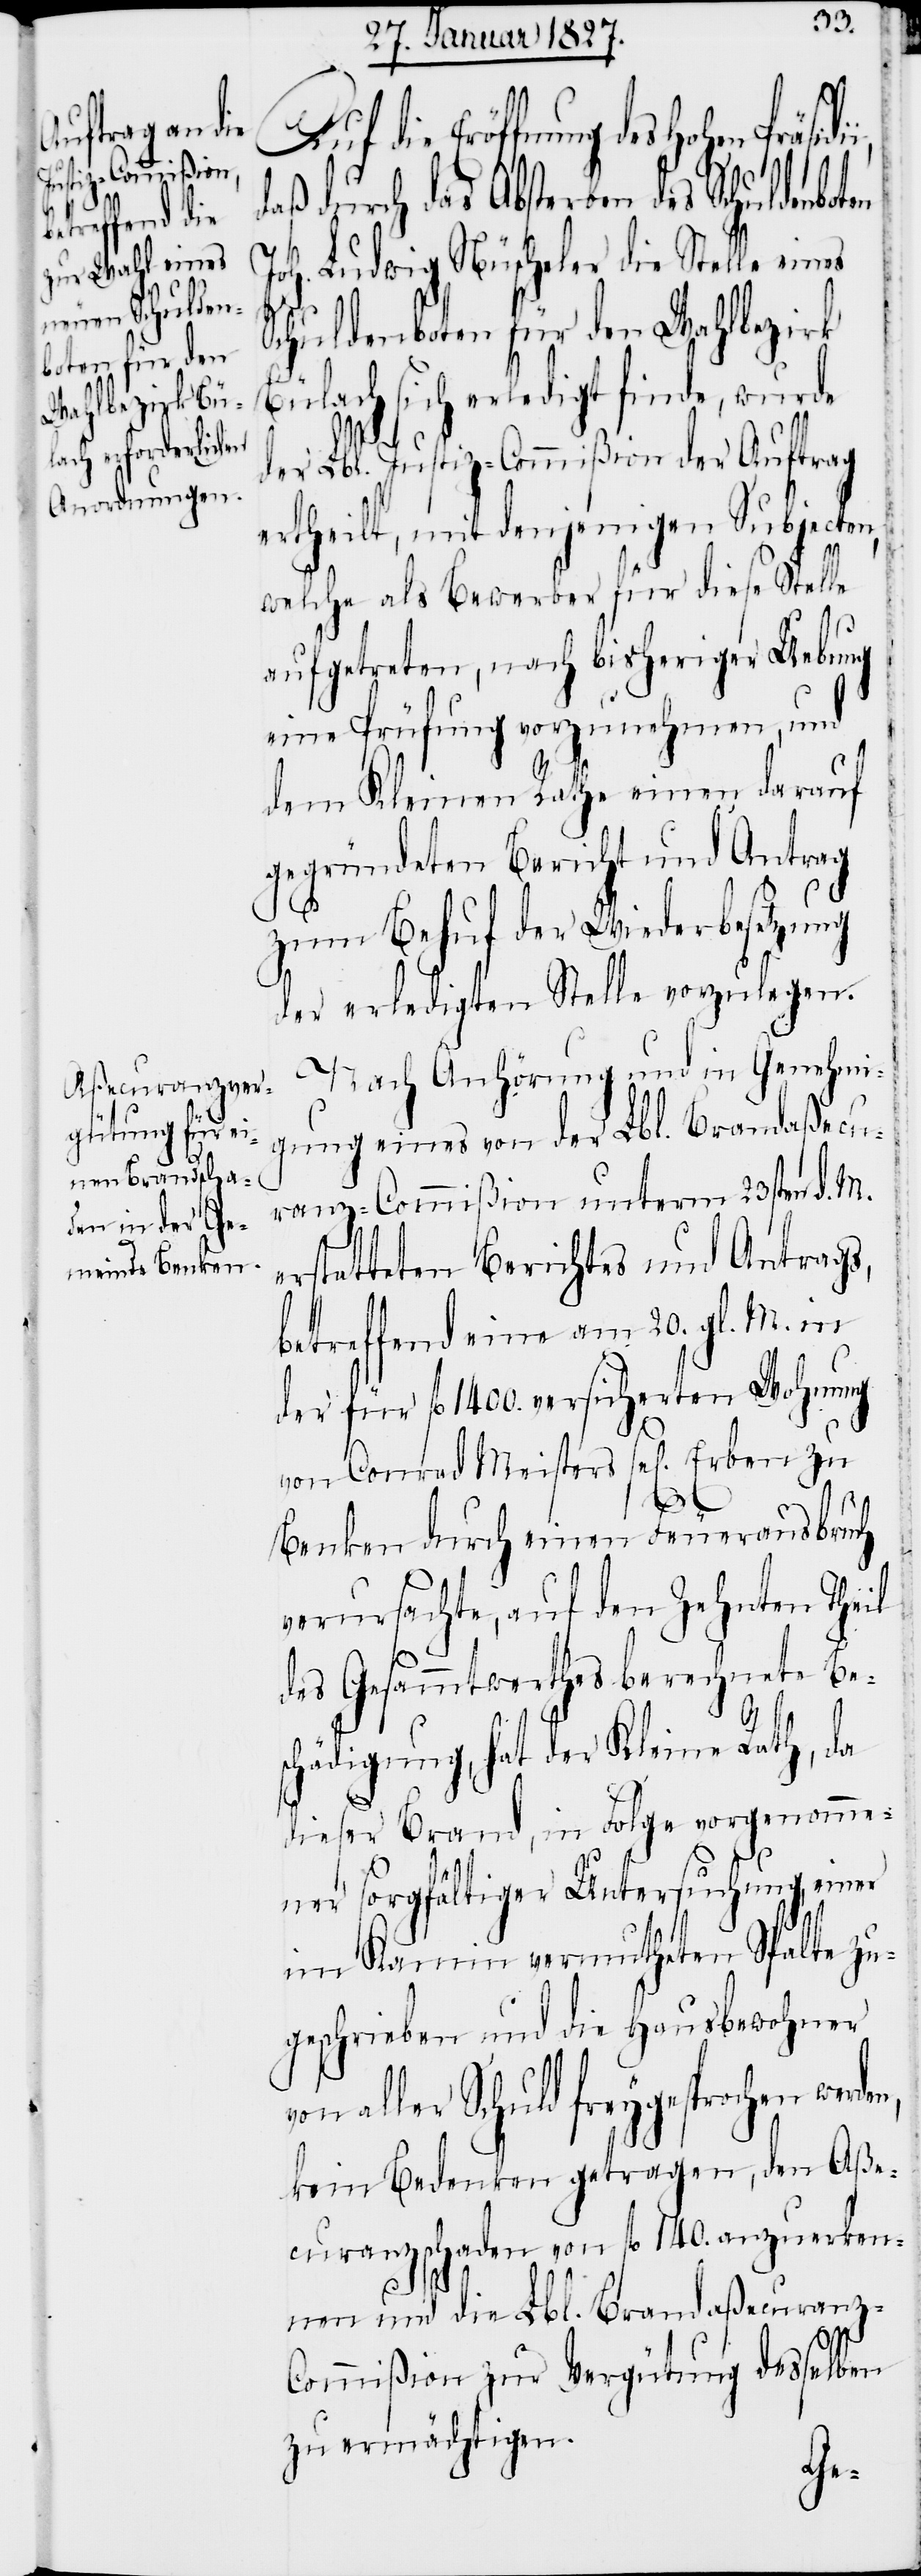
es
Auf die Eröffnung des Hohen Präsid¬
daß durch das Absterben des
Joh. Ludwig Nüscheler die Stelle ein¬
Schuldenboten für den Wahlbezirk
sich erledigt finde, wurde
der Lbl. Jusitz-Commißion der Auftrag
ertheilt, mit denjenigen Subjecten,
i,
welche als Bewerber für diese Stelle
aufgetreten, nach bisheriger Uebung
eine Prüfung vorzunehmen, und
dem Kleinen Rathe einen darauf
gegründeten Bericht und Antrag
zum Behuf der Wiederbesetzung
der erledigten Stelle vorzulegen.
Nach Anhörung und in Genehmi¬
gung eines von der Lbl. Brandaßecu¬
ranz-Commißion unterm 23sten d. M.
erstatteten Berichtes und Antrags,
betreffend eine am 20. gl. M. in
der für fl. 1400. versicherten Wohnung
von Conrad Meisters sel[igen]
Benken durch einen Feuerausbruch
verursachte, auf den Zehnten Theil
des Gesammtwerthes berechnete Be¬
schädigung, hat der Kleine Rath, da
dieser Brand, in Folge vorgenomme¬
ner sorgfältiger Untersuchung, einer
im Kamin vermutheten Spalte zu¬
geschrieben und die Hausbewohner
aller Schuld freygesprochen
kein Bedenken getragen, den Aße¬
curanzschaden von fl. 140. anzuerken¬
nen und die Lbl. Brandaßecuranz-C¬
ommißion zur Vergütung desselben
zu ermächtigen.